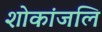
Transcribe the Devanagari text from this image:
शोकांजलि